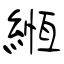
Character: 緪